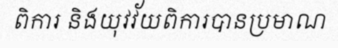
ពិការ និងយុវវ័យពិការបានប្រមាណ